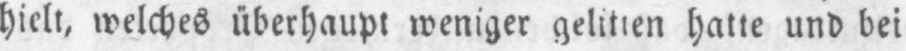
hielt, welches überhaupt weniger gelitten hatte und bei